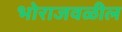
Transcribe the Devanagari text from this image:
भोराजवळील